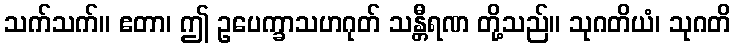
သက်သက်။ ဧတာ၊ ဤ ဥပေက္ခာသဟဂုတ် သန္တီရဏ တို့သည်။ သုဂတိယံ၊ သုဂတိ